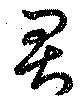
君